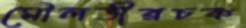
মৌলভীরচক